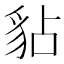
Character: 𧲸